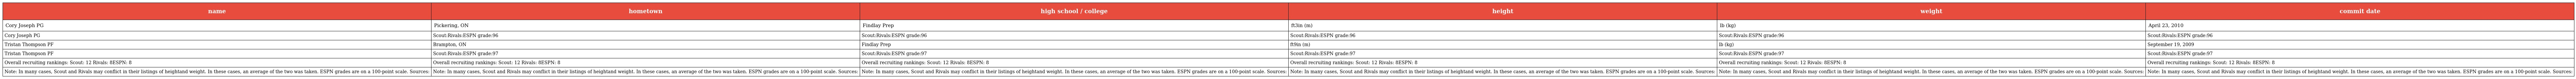
| name | hometown | high school / college | height | weight | commit date |
 | --- | --- | --- | --- | --- | --- |
 | Cory Joseph PG | Pickering, ON | Findlay Prep | ft3in (m) | lb (kg) | April 23, 2010 |
 | Cory Joseph PG | Scout:Rivals:ESPN grade:96 | Scout:Rivals:ESPN grade:96 | Scout:Rivals:ESPN grade:96 | Scout:Rivals:ESPN grade:96 | Scout:Rivals:ESPN grade:96 |
 | Tristan Thompson PF | Brampton, ON | Findlay Prep | ft9in (m) | lb (kg) | September 19, 2009 |
 | Tristan Thompson PF | Scout:Rivals:ESPN grade:97 | Scout:Rivals:ESPN grade:97 | Scout:Rivals:ESPN grade:97 | Scout:Rivals:ESPN grade:97 | Scout:Rivals:ESPN grade:97 |
 | Overall recruiting rankings: Scout: 12 Rivals: 8ESPN: 8 | Overall recruiting rankings: Scout: 12 Rivals: 8ESPN: 8 | Overall recruiting rankings: Scout: 12 Rivals: 8ESPN: 8 | Overall recruiting rankings: Scout: 12 Rivals: 8ESPN: 8 | Overall recruiting rankings: Scout: 12 Rivals: 8ESPN: 8 | Overall recruiting rankings: Scout: 12 Rivals: 8ESPN: 8 |
 | Note: In many cases, Scout and Rivals may conflict in their listings of heightand weight. In these cases, an average of the two was taken. ESPN grades are on a 100-point scale. Sources: | Note: In many cases, Scout and Rivals may conflict in their listings of heightand weight. In these cases, an average of the two was taken. ESPN grades are on a 100-point scale. Sources: | Note: In many cases, Scout and Rivals may conflict in their listings of heightand weight. In these cases, an average of the two was taken. ESPN grades are on a 100-point scale. Sources: | Note: In many cases, Scout and Rivals may conflict in their listings of heightand weight. In these cases, an average of the two was taken. ESPN grades are on a 100-point scale. Sources: | Note: In many cases, Scout and Rivals may conflict in their listings of heightand weight. In these cases, an average of the two was taken. ESPN grades are on a 100-point scale. Sources: | Note: In many cases, Scout and Rivals may conflict in their listings of heightand weight. In these cases, an average of the two was taken. ESPN grades are on a 100-point scale. Sources: |